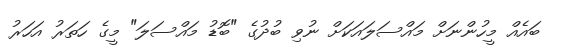
ބައެއް މީހުންނަށް މައްސަލައަކަށް ނުވި ބުދުގެ "ބޮޑު މައްސަލަ" މީގެ ހަތަރު އަހަރު